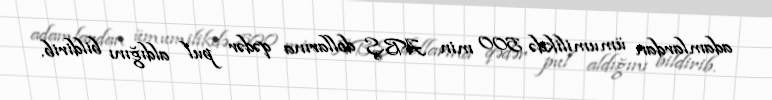
adamlardan ümumilikdə 500 min ABŞ dollarına qədər pul aldığını bildirib.